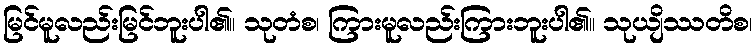
မြင်မူလည်းမြင်ဘူးပါ၏။ သုတံစ၊ ကြားမူလည်းကြားဘူးပါ၏။ သုယျိဿတိစ၊